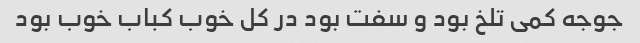
جوجه کمی تلخ بود و سفت بود در کل خوب کباب خوب بود